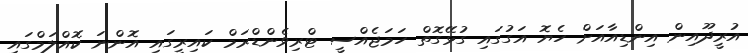
އުރީދޫއިން އިންޑިއާއަށް ހެޔޮ އަގުގައި ގުޅޭގޮތް ހަމަޖެއްސީ ޓްރިވެންޑްރަމް ކައިރީގައި އޮންނަ ކޮއްލަމްގައި